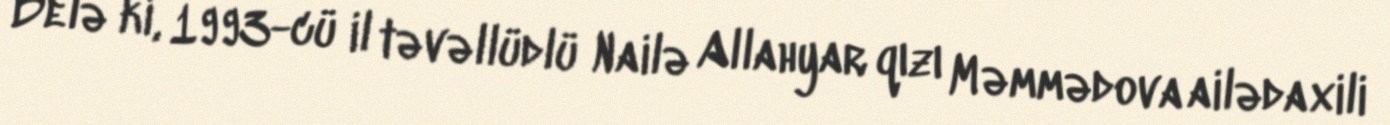
Belə ki, 1993-cü il təvəllüdlü Nailə Allahyar qızı Məmmədova ailədaxili